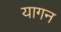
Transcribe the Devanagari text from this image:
यागन